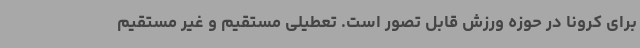
برای کرونا در حوزه ورزش قابل تصور است. تعطیلی مستقیم و غیر مستقیم